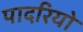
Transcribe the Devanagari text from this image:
पादरियो